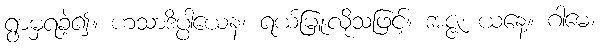
ရွာမှရခဲ့၍။ ဟသာဒိပ္ပါယေန၊ ရယ်မြူးလိုသဖြင့်။ အဇ္ဇ၊ ယနေ့။ ဂါမေ၊